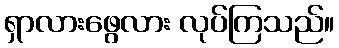
ရှာလားဖွေလား လုပ်ကြသည်။